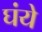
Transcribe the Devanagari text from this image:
घंये